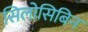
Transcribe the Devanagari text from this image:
सिलोसिबिन